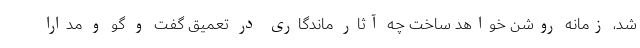
شد، زمانه روشن خواهد ساخت چه آثار ماندگاری در تعمیق گفت و گو و مدارا